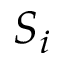
S _ { i }